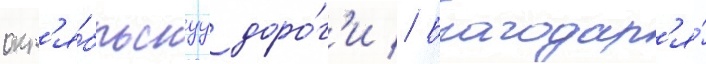
окт'я́брьскуу доро́г'и // Благодар'я́